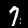
Digit: 7